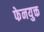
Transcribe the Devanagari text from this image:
फेनयुक्त